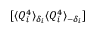
[ \langle Q _ { i } ^ { 4 } \rangle _ { \delta _ { i } } \langle Q _ { i } ^ { 4 } \rangle _ { - \delta _ { i } } ]